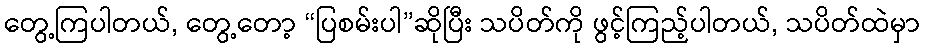
တွေ့ကြပါတယ်, တွေ့တော့ “ပြစမ်းပါ”ဆိုပြီး သပိတ်ကို ဖွင့်ကြည့်ပါတယ်, သပိတ်ထဲမှာ